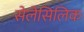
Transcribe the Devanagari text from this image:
सेलेसिलिक